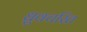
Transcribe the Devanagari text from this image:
ध्रुवचरित